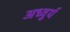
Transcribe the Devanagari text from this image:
अध्वुर्य